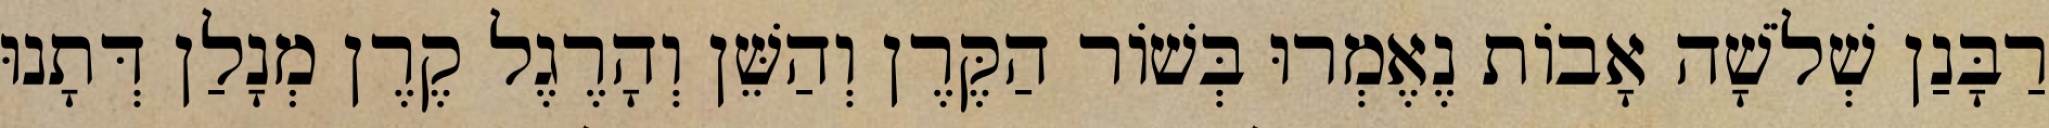
רַבָּנַן שְׁלֹשָׁה אָבוֹת נֶאֶמְרוּ בְּשׁוֹר הַקֶּרֶן וְהַשֵּׁן וְהָרֶגֶל קֶרֶן מְנָלַן דְּתָנוּ